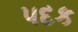
પદક